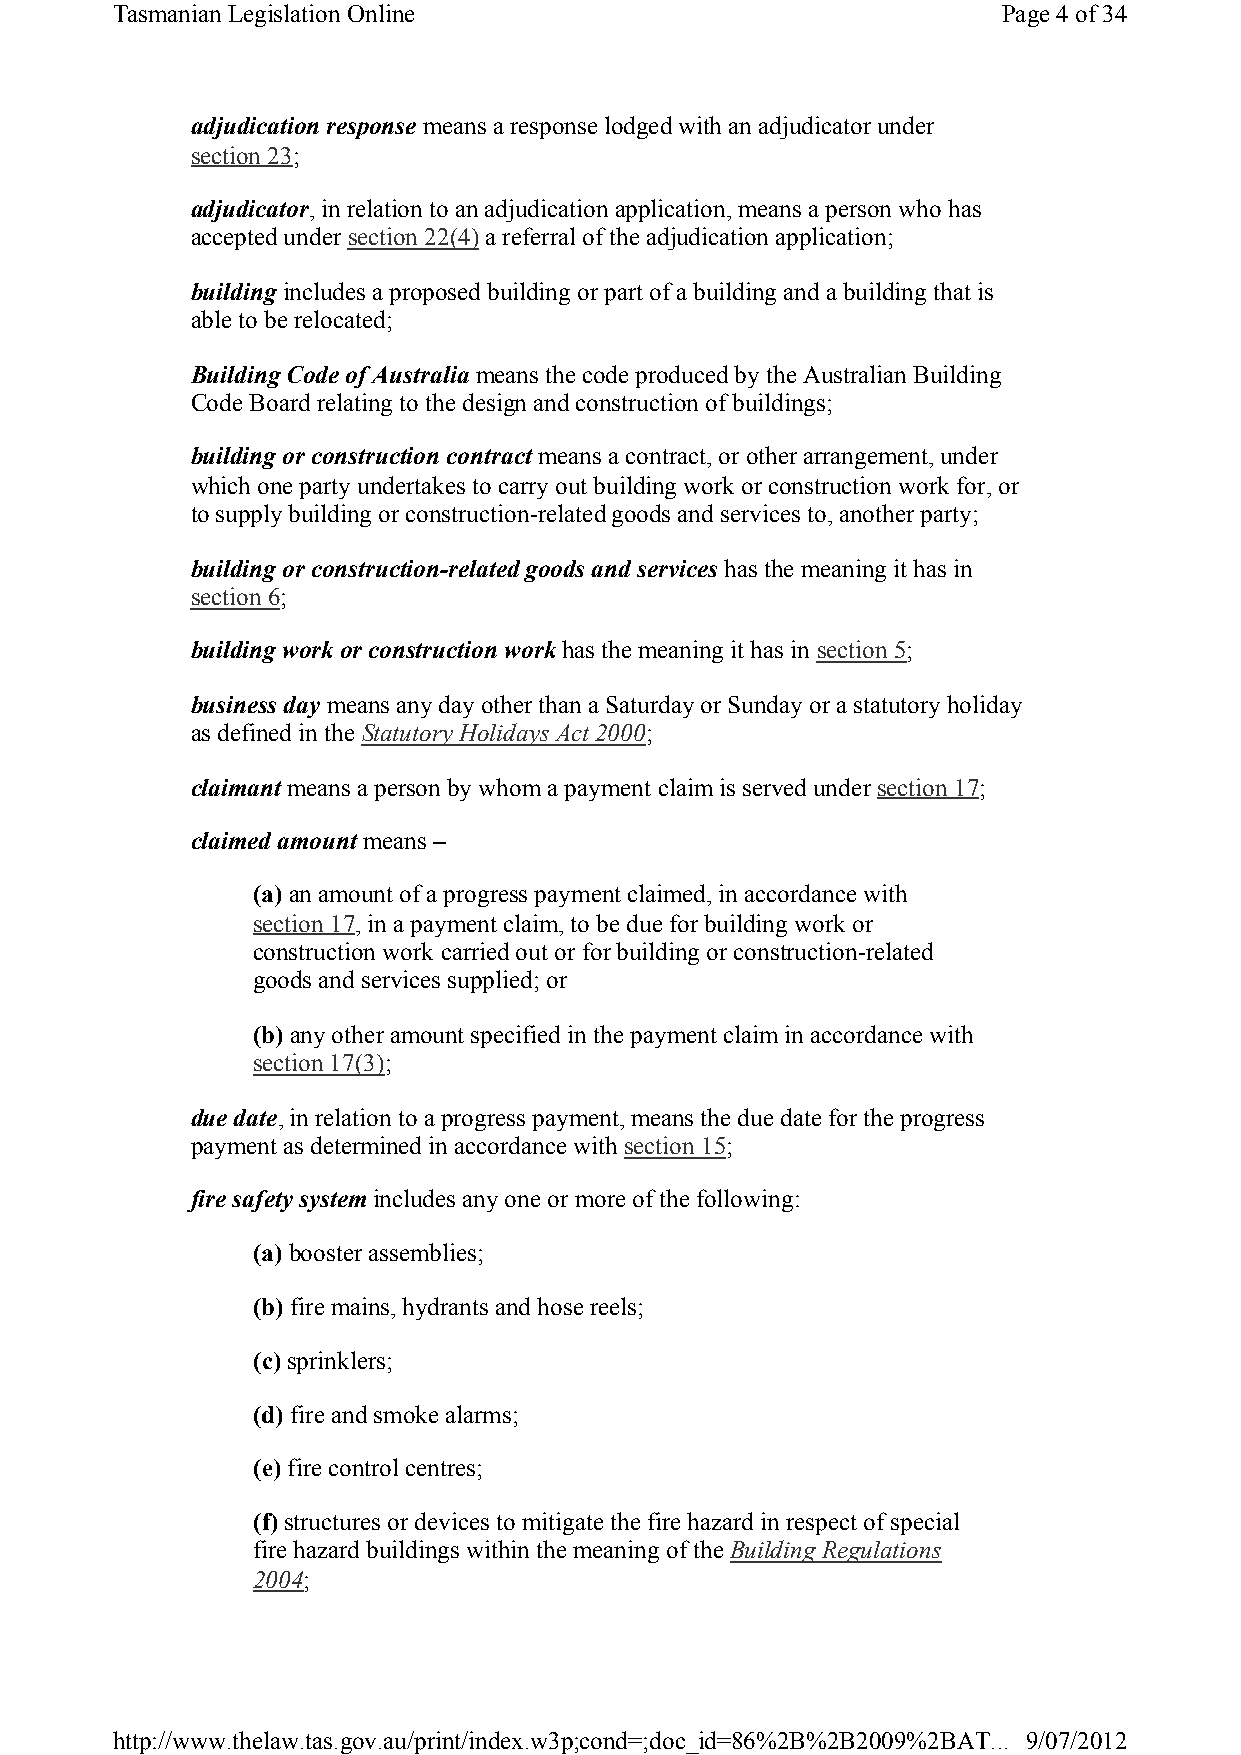
Tasmanian Legislation Online                               Page 4of 34
 adjudication response means a response lodged with an adjudicator under
 section 23;
 adjudicator, in relation to an adjudication application, means a person who has
 accepted under section 22(4)a referral of the adjudication application;
 building includes a proposed building or part of a building and a building that is
 able to be relocated;
 Building Code of Australia means the code produced by the Australian Building
 Code Board relating to the design and construction of buildings;
 building or construction contract means a contract, or other arrangement, under
 which one party undertakes to carry out building work or construction work for, or
 to supply building or construction-related goods and services to, another party;
 building or construction-related goods and serviceshas the meaning it has in
 section 6;
 building work or construction work has the meaning it has in section 5;
 business day means any day other than a Saturday or Sunday or a statutory holiday
 as defined in the Statutory Holidays Act 2000;
 claimantmeans a person by whom a payment claim is served under section 17;
 claimed amount means –
 (a) an amount of a progress payment claimed, in accordance with
 section 17, in a payment claim, to be due for building work or
 construction work carried out or for building or construction-related
 goods and services supplied; or
 (b) any other amount specified in the payment claim in accordance with
 section 17(3);
 due date, in relation to a progress payment, means the due date for the progress
 payment as determined in accordance with section 15;
 fire safety systemincludes any one or more of the following:
 (a) booster assemblies;
 (b) fire mains, hydrants and hose reels;
 (c)sprinklers;
 (d) fire and smoke alarms;
 (e)fire control centres;
 (f)structures or devices to mitigate the fire hazard in respect of special
 fire hazard buildings within the meaning of the Building Regulations
 2004;
 http://www.thelaw.tas.gov.au/print/index.w3p;cond=;doc_id=86%2B%2B2009%2BAT... 9/07/2012